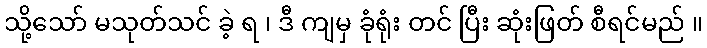
သို့သော် မသုတ်သင် ခဲ့ ရ ၊ ဒီ ကျမှ ခုံရုံး တင် ပြီး ဆုံးဖြတ် စီရင်မည် ။